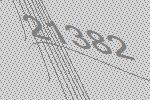
21382